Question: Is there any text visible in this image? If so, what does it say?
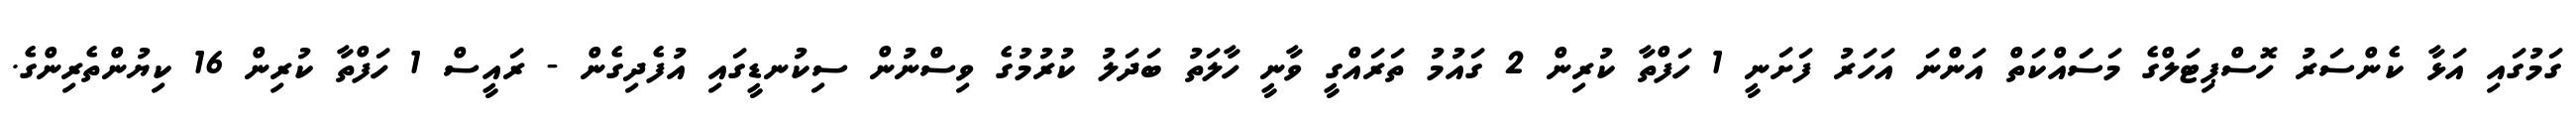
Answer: ގަމުގައި އަޅާ ކެންސަރު ހޮސްޕިޓަލްގެ މަސަައްކަތް އަންނަ އަހަރު ފަށަނީ 1 ހަފްތާ ކުރިން 2 ގައުމު ތަރައްގީ ވާނީ ހާލަތު ބަދަލު ކުރުމުގެ ވިސްނުން ސިކުނޑީގައި އުފެދިގެން - ރައީސް 1 ހަފްތާ ކުރިން 16 ކިޔުންތެރިންގެ.